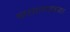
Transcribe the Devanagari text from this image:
वारसास्थळांवर